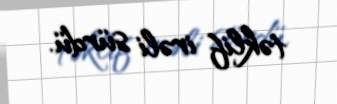
təklif irəli sürdü.